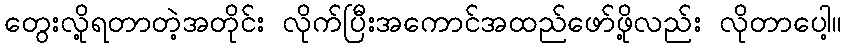
တွေးလို့ရတာတဲ့အတိုင်း လိုက်ပြီးအကောင်အထည်ဖော်ဖို့လည်း လိုတာပေါ့။